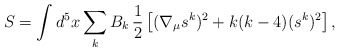
\begin{align*}S = \int d^5x \sum_k B_k \, \frac{1}{2} \left[ (\nabla_\mu s^k)^2 + k(k-4) (s^k)^2 \right],\end{align*}